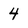
Character: 4